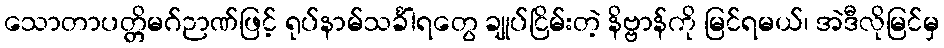
သောတာပတ္တိမဂ်ဉာဏ်ဖြင့် ရုပ်နာမ်သင်္ခါရတွေ ချုပ်ငြိမ်းတဲ့ နိဗ္ဗာန်ကို မြင်ရမယ်၊ အဲဒီလိုမြင်မှ